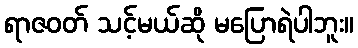
ရာဇဝတ် သင့်မယ်ဆို မပြောရဲပါဘူး။